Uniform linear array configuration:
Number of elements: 8
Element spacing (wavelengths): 0.25
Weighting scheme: hamming
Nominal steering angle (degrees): -60
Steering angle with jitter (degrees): -60.703
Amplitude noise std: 0.05
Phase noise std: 0.05

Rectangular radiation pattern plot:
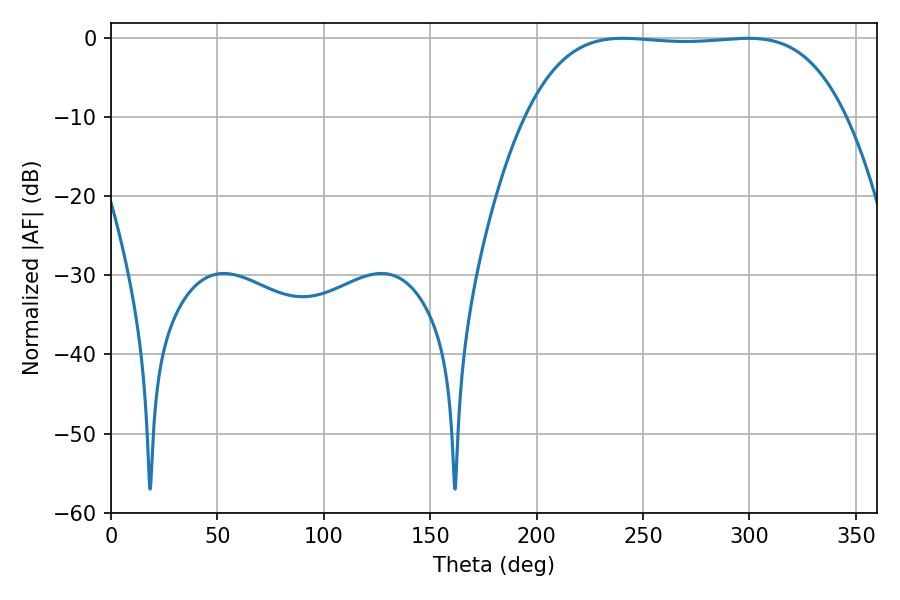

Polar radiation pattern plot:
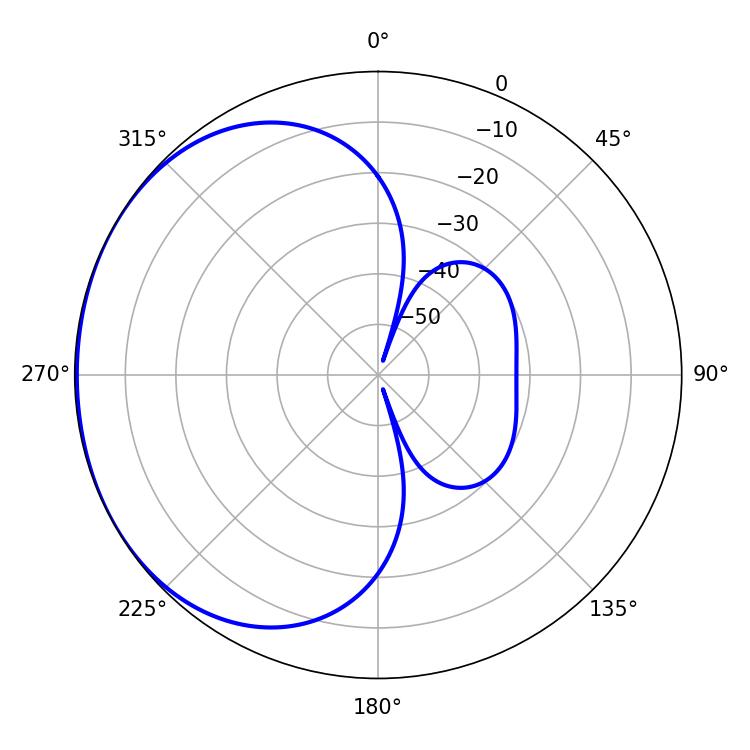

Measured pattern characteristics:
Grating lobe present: FALSE
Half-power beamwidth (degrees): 117
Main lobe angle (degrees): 240.66